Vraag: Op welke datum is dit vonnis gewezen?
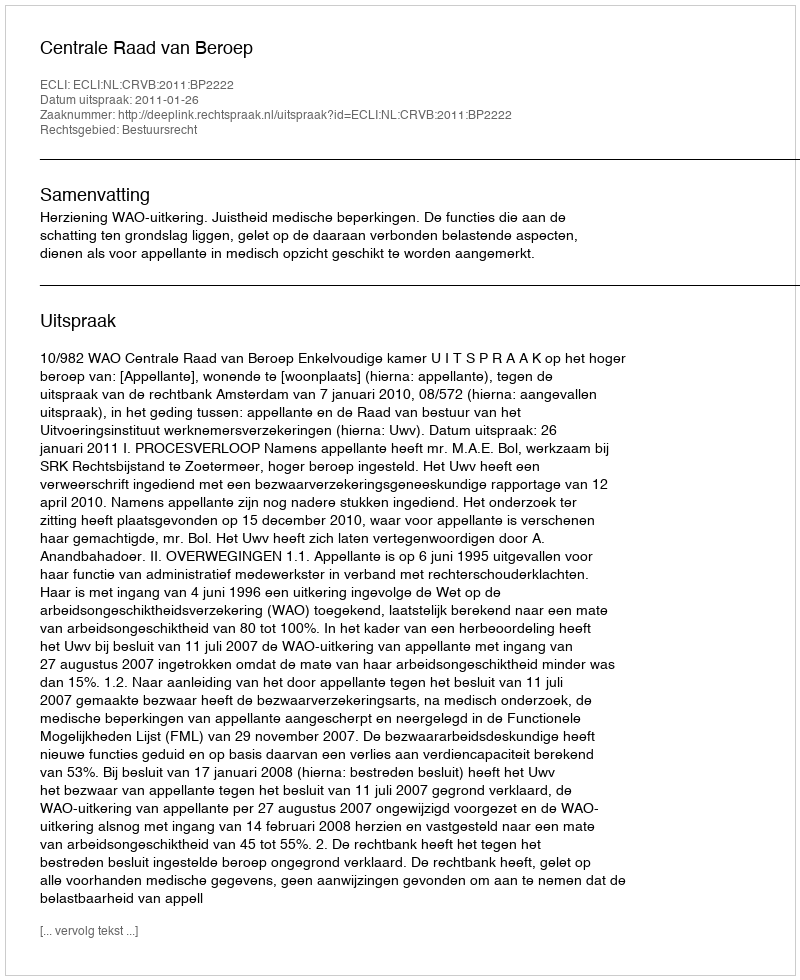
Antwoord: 2011-01-26